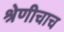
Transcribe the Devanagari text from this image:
श्रेणीचाच